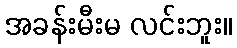
အခန်းမီးမ လင်းဘူး။